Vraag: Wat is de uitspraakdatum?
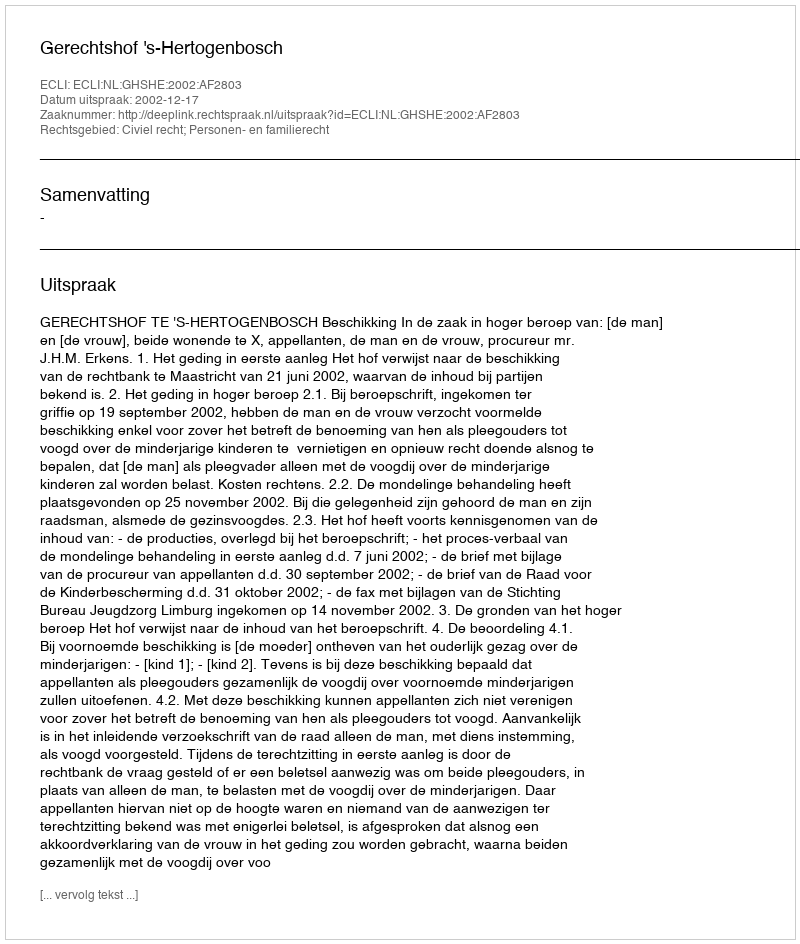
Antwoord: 2002-12-17